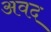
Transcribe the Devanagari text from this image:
अवद